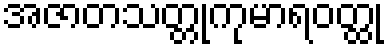
အဇာတသတ္တုကုမာရဝတ္ထု